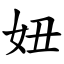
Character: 妞